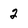
Character: 2